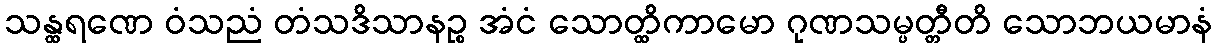
သန္ထရဏေ ဝံသညံ တံသဒိသာနဉ္စ အံငံ သောတ္ထိကာမော ဂုဏသမ္ပတ္တီတိ သောဘယမာနံ